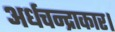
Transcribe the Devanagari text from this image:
अर्धचन्द्राकार।